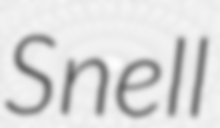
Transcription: Snell